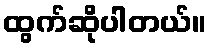
ထွက်ဆိုပါတယ်။